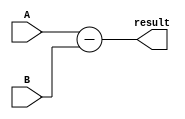
module Combinational_logic_blocks_Structural_Subtractor(
    input [3:0] A,
    input [3:0] B,
    output reg [3:0] result
);

assign result = A - B;

endmodule